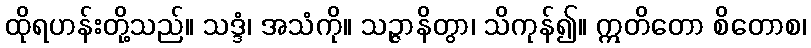
ထိုရဟန်းတို့သည်။ သဒ္ဒံ၊ အသံကို။ သဉ္ဇာနိတွာ၊ သိကုန်၍။ ဣတိတော စိတောစ၊